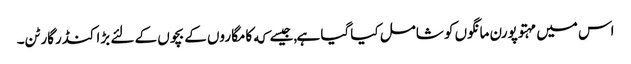
اس میں مہتوپورن مانگوں کو شامل کیا گیا ہے,جیسے که کامگاروں کے بچوں کے لئے بڑا کنڈرگارٹن۔